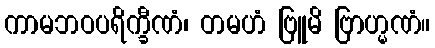
ကာမဘဝပရိက္ခီဏံ၊ တမဟံ ဗြူမိ ဗြာဟ္မဏံ။